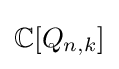
\mathbb {C} [Q_{n,k}]